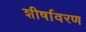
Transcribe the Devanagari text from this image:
शीर्षावरण